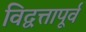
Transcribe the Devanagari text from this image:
विद्वत्तापूर्व